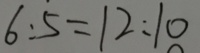
6 : 5 = 1 2 : 1 0